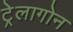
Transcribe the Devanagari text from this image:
ट्रेलागोन